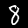
Label: 8